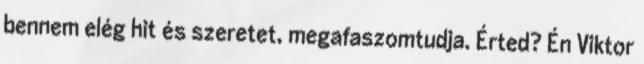
bennem elég hit és szeretet, megafaszomtudja. Érted? Én Viktor